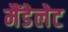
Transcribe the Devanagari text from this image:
मैंडेलेट